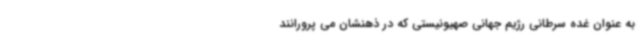
به عنوان غده سرطانی رژیم جهانی صهیونیستی که در ذهنشان می پرورانند